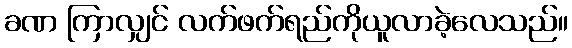
ခဏ ကြာလျှင် လက်ဖက်ရည်ကိုယူလာခဲ့လေသည်။